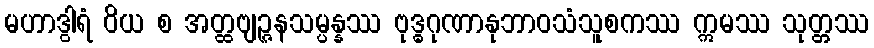
မဟာဒွါရံ ဝိယ စ အတ္ထဗျဉ္ဇနသမ္ပန္နဿ ဗုဒ္ဓဂုဏာနုဘာဝသံသူစကဿ ဣမဿ သုတ္တဿ